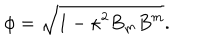
\phi = \sqrt { 1 - \kappa ^ { 2 } B _ { m } B ^ { m } } .